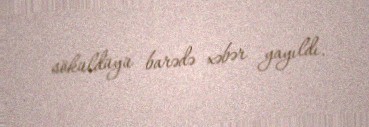
söküldüyü barədə xəbər yayıldı.